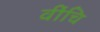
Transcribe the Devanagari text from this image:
वींचि